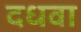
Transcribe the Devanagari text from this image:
दधवा